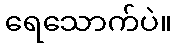
ရေသောက်ပဲ။